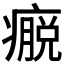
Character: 𰤀